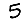
Digit: 5